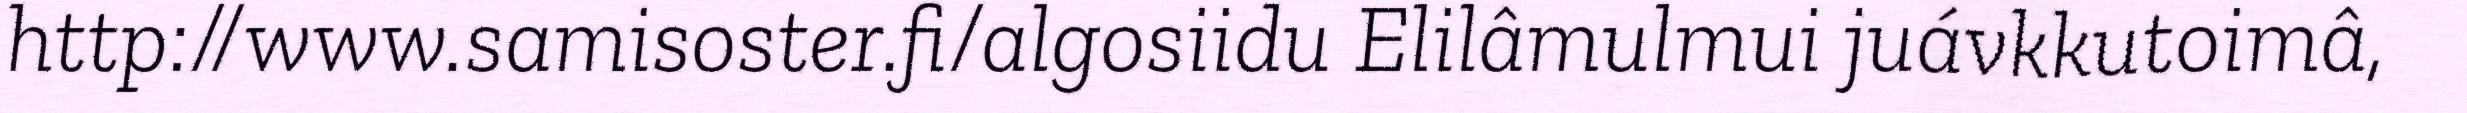
http://www.samisoster.fi/algosiidu Elilâmulmui juávkkutoimâ,